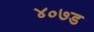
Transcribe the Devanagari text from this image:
४०७ड